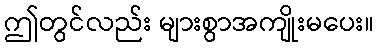
ဤတွင်လည်း များစွာအကျိုးမပေး။